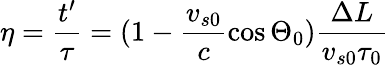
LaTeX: \eta=\frac{t^{\prime}}{\tau}=(1-\frac{v_{s0}}{c}\cos\Theta_{0})\frac{\Delta L}{v_{s0}\tau_{0}}